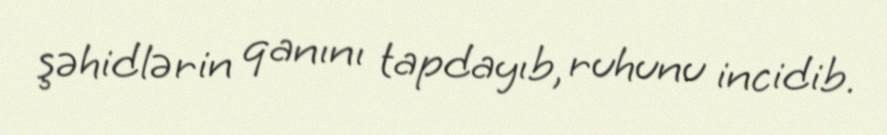
şəhidlərin qanını tapdayıb, ruhunu incidib.